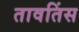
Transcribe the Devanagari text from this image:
तावतिंस